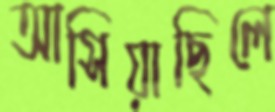
আসিয়াছিলে